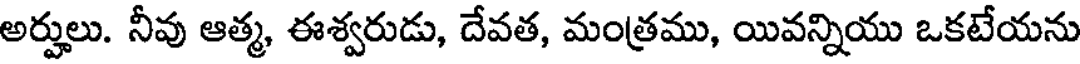
అర్హులు. నీవు ఆత్మ, ఈశ్వరుడు, దేవత, మంత్రము, యివన్నియు ఒకటేయను